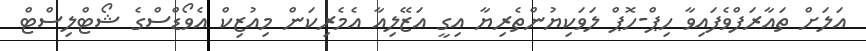
އަލަށް ތައާރަފްވެފައިވާ ހިޕް-ހޮޕް ލަވަކިޔުންތެރިޔާ އިގީ އަޒޭލިއާ އެމެރިކަން މިއުޒިކް އެވޯޑްސްގެ ޝޯޓްލިސްޓް